Vaccination in Bombay 1874-1876 - 1874-1876
Year: 1874
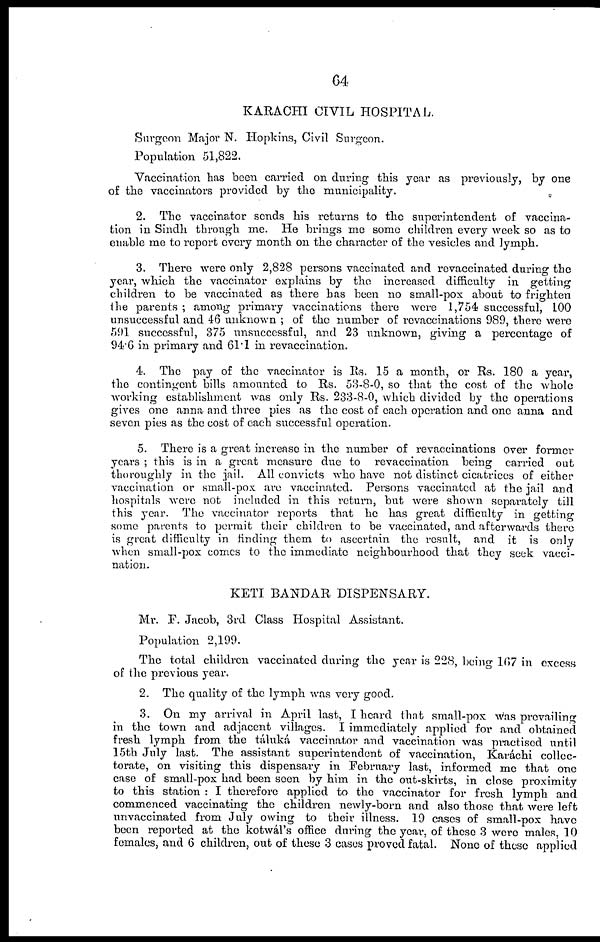
64
KARACHI CIVIL HOSPITAL.
Surgeon Major N. Hopkins, Civil Surgeon.
Population 51,822.
Vaccination has been carried on during this year as previously, by one
of the vaccinators provided by the municipality.
2. The vaccinator sends his returns to the superintendent of vaccina-
tion in Sindh through me. He brings me some children every week so as to
enable me to report every month on the character of the vesicles and lymph.
3. There were only 2,828 persons vaccinated and revaccinated during the
year, which the vaccinator explains by the increased difficulty in getting
children to be vaccinated as there has been no small-pox about to frighten
the parents ; among primary vaccinations there were 1,754 successful, 100
unsuccessful and 46 unknown ; of the number of revaccinations 989, there were
591 successful, 375 unsuccessful, and 23 unknown, giving a percentage of
94.6 in primary and 61.1 in revaccination.
4. The pay of the vaccinator is Rs. 15 a month, or Rs. 180 a year,
the contingent bills amounted to Rs. 53-8-0, so that the cost of the whole
working establishment was only Rs. 233-8-0, which divided by the operations
gives one anna and three pies as the cost of each operation and one anna and
seven pies as the cost of each successful operation.
5. There is a great increase in the number of revaccinations over former
years ; this is in a great measure due to revaccination being carried out
thoroughly in the jail. All convicts who have not distinct cicatrices of either
vaccination or small-pox are vaccinated. Persons vaccinated at the jail and
hospitals were not included in this return, but were shown separately till
this year. The vaccinator reports that he has great difficulty in getting
some parents to permit their children to be vaccinated, and afterwards there
is great difficulty in finding them to ascertain the result, and it is only
when small-pox comes to the immediate neighbourhood that they seek vacci-
nation.
KETI BANDAR DISPENSARY.
Mr. F. Jacob, 3rd Class Hospital Assistant.
Population 2,199.
The total children vaccinated during the year is 228, being 167 in excess
of the previous year.
2. The quality of the lymph was very good.
3. On my arrival in April last, I heard that small-pox was prevailing
in the town and adjacent villages. I immediately applied for and obtained
fresh lymph from the táluká vaccinator and vaccination was practised until
15th July last. The assistant superintendent of vaccination, Karáchi collec-
torate, on visiting this dispensary in February last, informed me that one
case of small-pox had been seen by him in the out-skirts, in close proximity
to this station : I therefore applied to the vaccinator for fresh lymph and
commenced vaccinating the children newly-born and also those that were left
unvaccinated from July owing to their illness. 19 cases of small-pox have
been reported at the kotwál's office during the year, of these 3 were males, 10
females, and 6 children, out of these 3 cases proved fatal. None of these applied